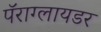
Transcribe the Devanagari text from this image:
पॅराग्लायडर